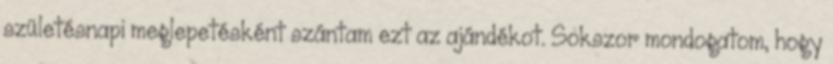
születésnapi meglepetésként szántam ezt az ajándékot. Sokszor mondogatom, hogy